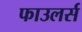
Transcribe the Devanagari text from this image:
फाउलर्स